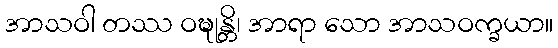
အာသဝါ တဿ ဝဍ္ဎုန္တိ၊ အာရာ သော အာသဝက္ခယာ။